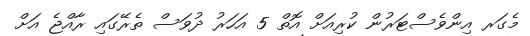
މެގަރ އިންވެސްޓަރުން ކުރިއަށް އޮތް 5 އަހަރު ދުވަސް ތެރޭގައި ރާއްޖެ އަށް